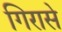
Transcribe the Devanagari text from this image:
गिरासे